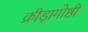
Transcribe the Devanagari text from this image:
क्रीड़ागोष्ठी